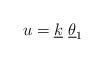
LaTeX: \begin{align*}u = \underline{k}~ \underline{\theta} _1\end{align*}